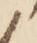
候